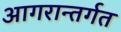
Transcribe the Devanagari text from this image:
आगरान्तर्गत